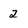
Character: 2